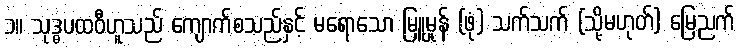
၁။ သုဒ္ဓပထဝီဟူသည် ကျောက်စသည်နှင့် မရောသော မြူမှုန် (ဖုံ) သက်သက် (သို့မဟုတ်) မြေညက်